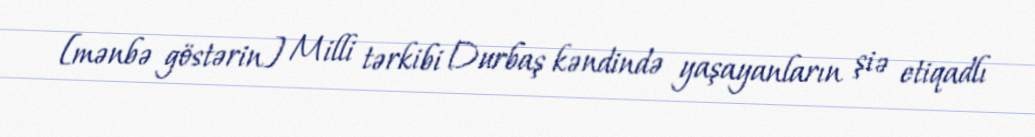
[mənbə göstərin] Milli tərkibi Durbaş kəndində yaşayanların şiə etiqadlı